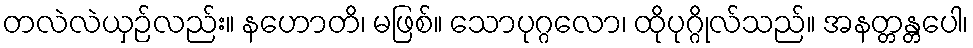
တလဲလဲယှဉ်လည်း။ နဟောတိ၊ မဖြစ်။ သောပုဂ္ဂလော၊ ထိုပုဂ္ဂိုလ်သည်။ အနတ္တန္တပေါ၊